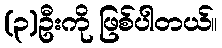
(၃)ဦးကို ဖြစ်ပါတယ်။